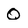
Character: q